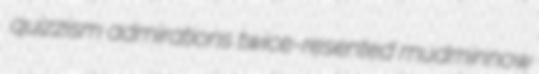
quizzism admirations twice-resented mudminnow